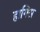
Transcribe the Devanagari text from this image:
हागिस